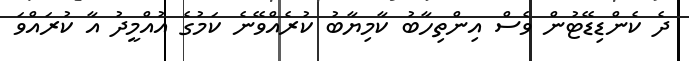
ދެ ކެންޑިޑޭޓުން ވެސް އިންތިހާބު ކާމިޔާބު ކުރެއްވޭނެ ކަމުގެ އުއްމީދު އާ ކުރައްވަ